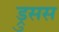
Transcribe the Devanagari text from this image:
ड्रुसस